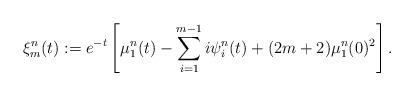
LaTeX: \begin{align*}\xi^{n}_m(t):=e^{-t} \left[\mu^{n}_1(t)-\sum_{i=1}^{m-1} i\psi^{n}_i(t) +(2m+2)\mu^{n}_1(0)^2\right].\end{align*}